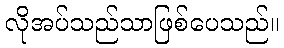
လိုအပ်သည်သာဖြစ်ပေသည်။